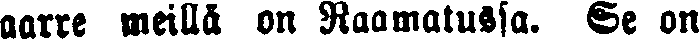
aarre meillä on Raamatussa. Se on